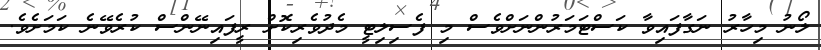
ލޯނު މިހާރު ނަގާފައިވާ ކަސްޓަމަރުންނަށްވެސް މި ފެސިލިޓީ މެދުވެރިކޮށް ރީފައިނޭންސް ކުރެވޭނެ ކަމަށެވެ.